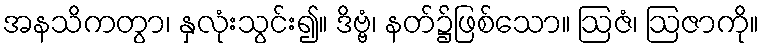
အနသိကတွာ၊ နှလုံးသွင်း၍။ ဒိဗ္ဗံ၊ နတ်၌ဖြစ်သော။ ဩဇံ၊ ဩဇာကို။